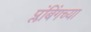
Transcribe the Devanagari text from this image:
प्लंबिंगच्या